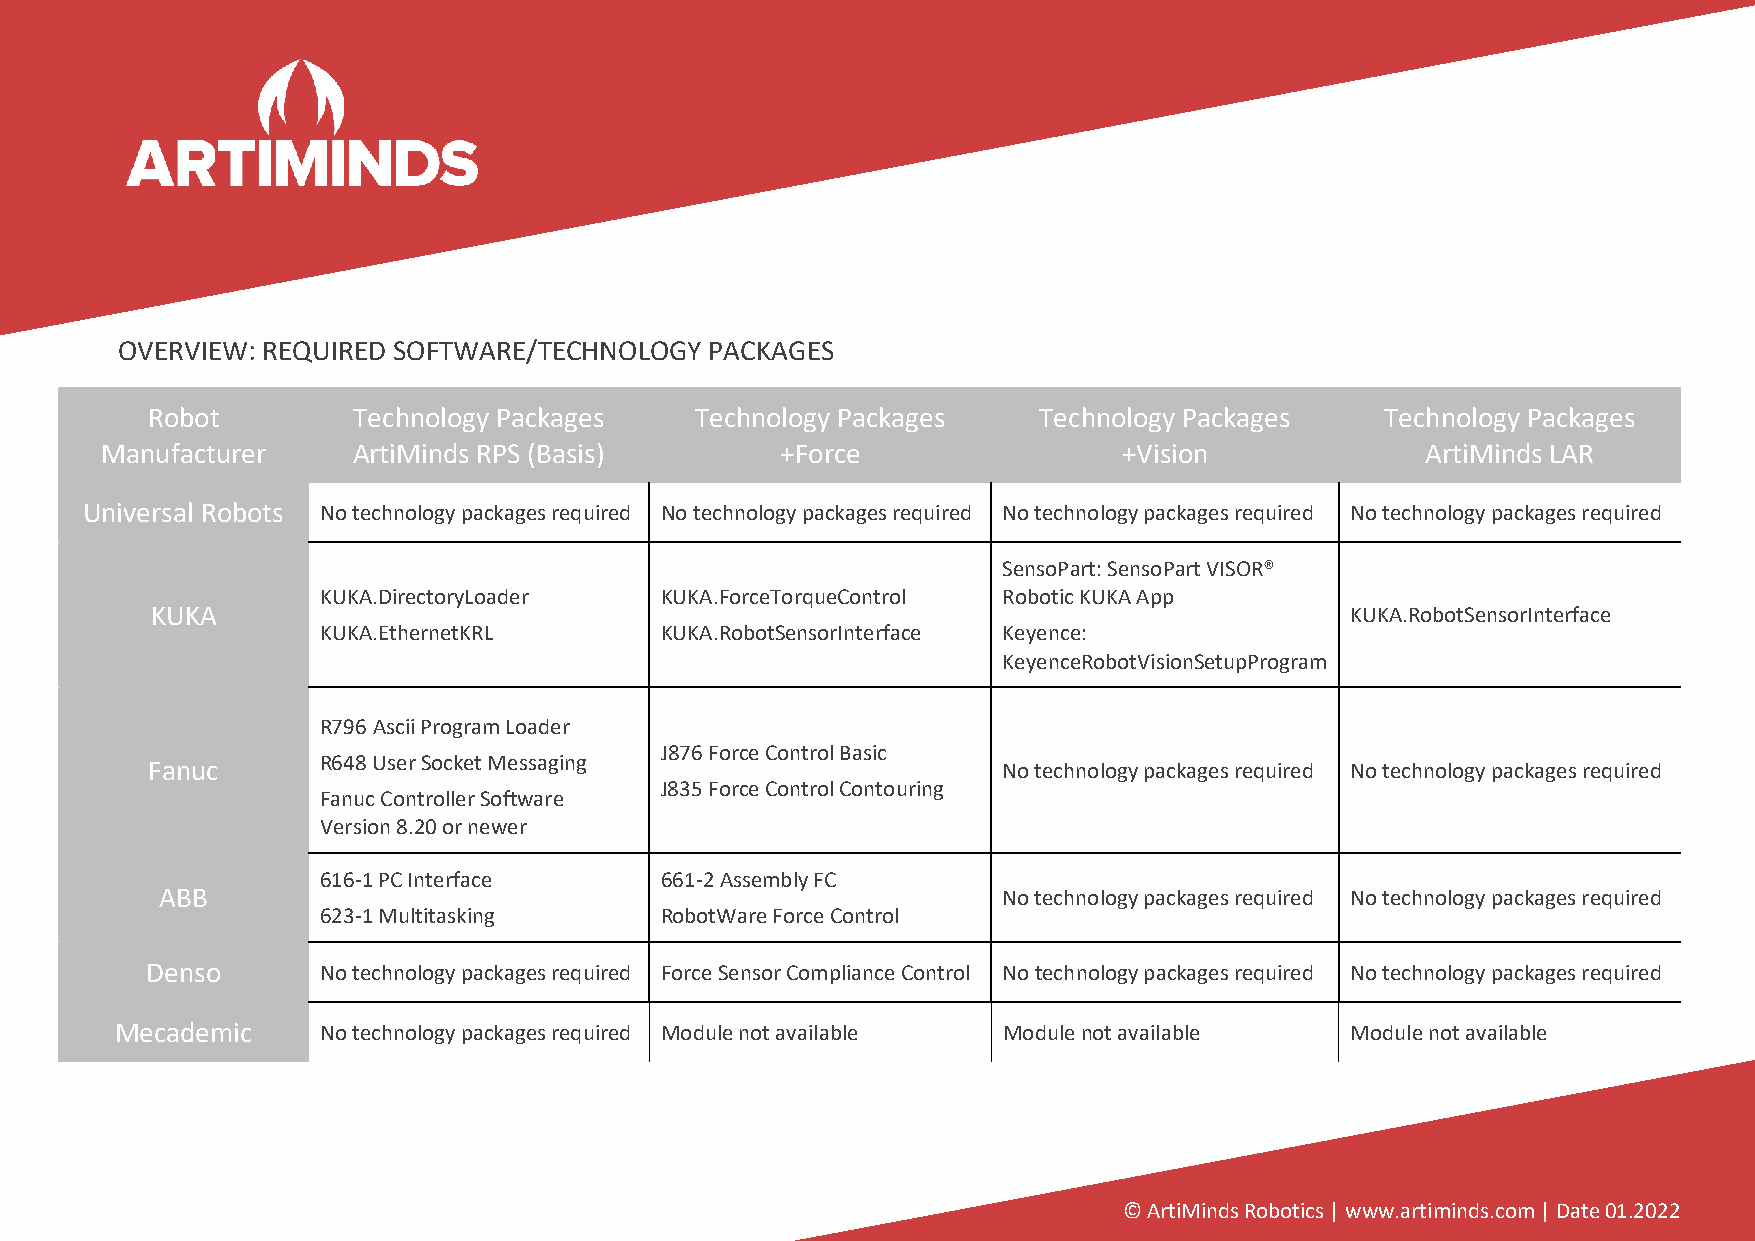
OVERVIEW: REQUIRED SOFTWARE/TECHNOLOGY PACKAGES
 Robot        Technology Packages    Technology Packages    Technology Packages    Technology Packages
 Manufacturer    ArtiMinds RPS (Basis)        +Force                +Vision             ArtiMinds LAR
 Universal Robots No technology packages required No technology packages required No technology packages required No technology packages required
 SensoPart: SensoPart VISOR®
 KUKA.DirectoryLoader   KUKA.ForceTorqueControl Robotic KUKA App
 KUKA                                                                           KUKA.RobotSensorInterface
 KUKA.EthernetKRL       KUKA.RobotSensorInterface Keyence:
 KeyenceRobotVisionSetupProgram
 R796 Ascii Program Loader
 J876 Force Control Basic
 Fanuc      R648 User Socket Messaging                   No technology packages required No technology packages required
 J835 Force Control Contouring
 Fanuc Controller Software
 Version 8.20 or newer
 616-1 PC Interface     661-2 Assembly FC
 ABB                                                    No technology packages required No technology packages required
 623-1 Multitasking     RobotWare Force Control
 Denso      No technology packages required Force Sensor Compliance Control No technology packages required No technology packages required
 Mecademic    No technology packages required Module not available Module not available Module not available
 © ArtiMinds Robotics | www.artiminds.com | Date 01.2022